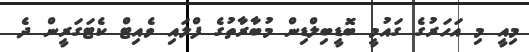
މިއީ މި އަހަރުގެ ގައުމީ ބޮޑީބިލްޑިން މުބާރާތުގެ ފްލައި ވެއިޓް ކެޓަގަރީން ދެ